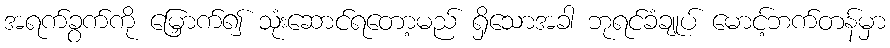
အရက်ခွက်ကို မြှောက်၍ သုံးဆောင်ရတော့မည် ရှိသောအခါ ဘုရင်ခံချုပ် မောင့်ဘက်တန်မှာ